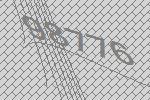
98776